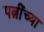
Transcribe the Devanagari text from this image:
पत्नींच्या